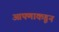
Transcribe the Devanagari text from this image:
आपणाकडून